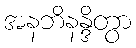
အနဘိနန္ဒိတွာ